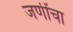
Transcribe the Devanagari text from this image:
जणींचा